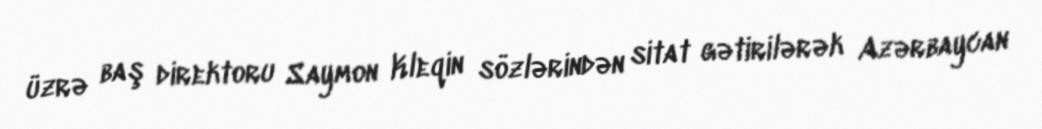
üzrə baş direktoru Saymon Kleqin sözlərindən sitat gətirilərək Azərbaycan